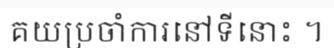
គយប្រចាំការនៅទីនោះ ។